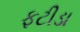
ફટીડા